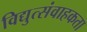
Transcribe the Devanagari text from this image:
विद्युत्संवाहकता